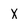
Character: X